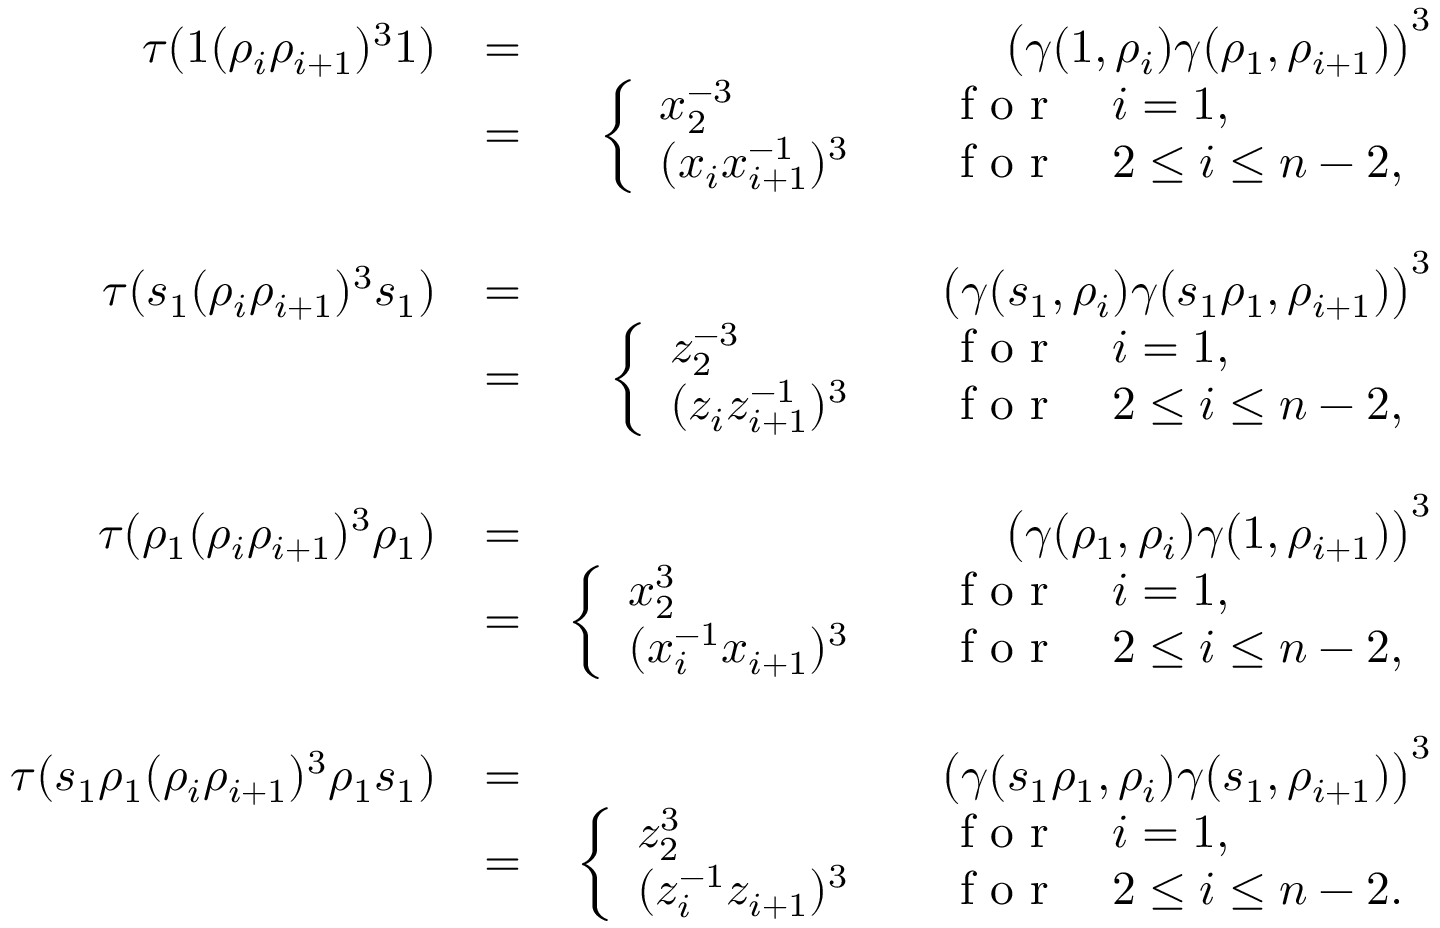
\begin{array} { r l r } { \tau ( 1 ( \rho _ { i } \rho _ { i + 1 } ) ^ { 3 } 1 ) } & { = } & { \big ( \gamma ( 1 , \rho _ { i } ) \gamma ( \rho _ { 1 } , \rho _ { i + 1 } ) \big ) ^ { 3 } } \\ & { = } & { \left\{ \begin{array} { l l } { x _ { 2 } ^ { - 3 } } & { \quad \textrm { f o r } \quad i = 1 , } \\ { ( x _ { i } x _ { i + 1 } ^ { - 1 } ) ^ { 3 } } & { \quad \textrm { f o r } \quad 2 \leq i \leq n - 2 , } \end{array} \right. } \\ & { } & \\ { \tau ( s _ { 1 } ( \rho _ { i } \rho _ { i + 1 } ) ^ { 3 } s _ { 1 } ) } & { = } & { \big ( \gamma ( s _ { 1 } , \rho _ { i } ) \gamma ( s _ { 1 } \rho _ { 1 } , \rho _ { i + 1 } ) \big ) ^ { 3 } } \\ & { = } & { \left\{ \begin{array} { l l } { z _ { 2 } ^ { - 3 } } & { \quad \textrm { f o r } \quad i = 1 , } \\ { ( z _ { i } z _ { i + 1 } ^ { - 1 } ) ^ { 3 } } & { \quad \textrm { f o r } \quad 2 \leq i \leq n - 2 , } \end{array} \right. } \\ & { } & \\ { \tau ( \rho _ { 1 } ( \rho _ { i } \rho _ { i + 1 } ) ^ { 3 } \rho _ { 1 } ) } & { = } & { \big ( \gamma ( \rho _ { 1 } , \rho _ { i } ) \gamma ( 1 , \rho _ { i + 1 } ) \big ) ^ { 3 } } \\ & { = } & { \left\{ \begin{array} { l l } { x _ { 2 } ^ { 3 } } & { \quad \textrm { f o r } \quad i = 1 , } \\ { ( x _ { i } ^ { - 1 } x _ { i + 1 } ) ^ { 3 } } & { \quad \textrm { f o r } \quad 2 \leq i \leq n - 2 , } \end{array} \right. } \\ & { } & \\ { \tau ( s _ { 1 } \rho _ { 1 } ( \rho _ { i } \rho _ { i + 1 } ) ^ { 3 } \rho _ { 1 } s _ { 1 } ) } & { = } & { \big ( \gamma ( s _ { 1 } \rho _ { 1 } , \rho _ { i } ) \gamma ( s _ { 1 } , \rho _ { i + 1 } ) \big ) ^ { 3 } } \\ & { = } & { \left\{ \begin{array} { l l } { z _ { 2 } ^ { 3 } } & { \quad \textrm { f o r } \quad i = 1 , } \\ { ( z _ { i } ^ { - 1 } z _ { i + 1 } ) ^ { 3 } } & { \quad \textrm { f o r } \quad 2 \leq i \leq n - 2 . } \end{array} \right. } \end{array}